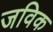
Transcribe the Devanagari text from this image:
जविक